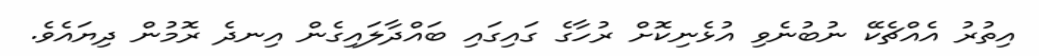
އިތުރު އެއްޗެކޭ ނުބުނެވި އުޅެނިކޮށް ރުހާގެ ގައިގައި ބައްދާލައިގެން އިނދެ ރޮމުން ދިޔައެވެ.